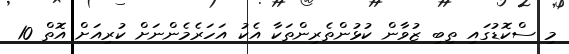
މި ސްކޮޑުގައި ތިބި ޒުވާން ކުޅުންތެރިންތަކާ އެކު އަހަރެމެންނަށް ކުރިއަށް އޮތް 10